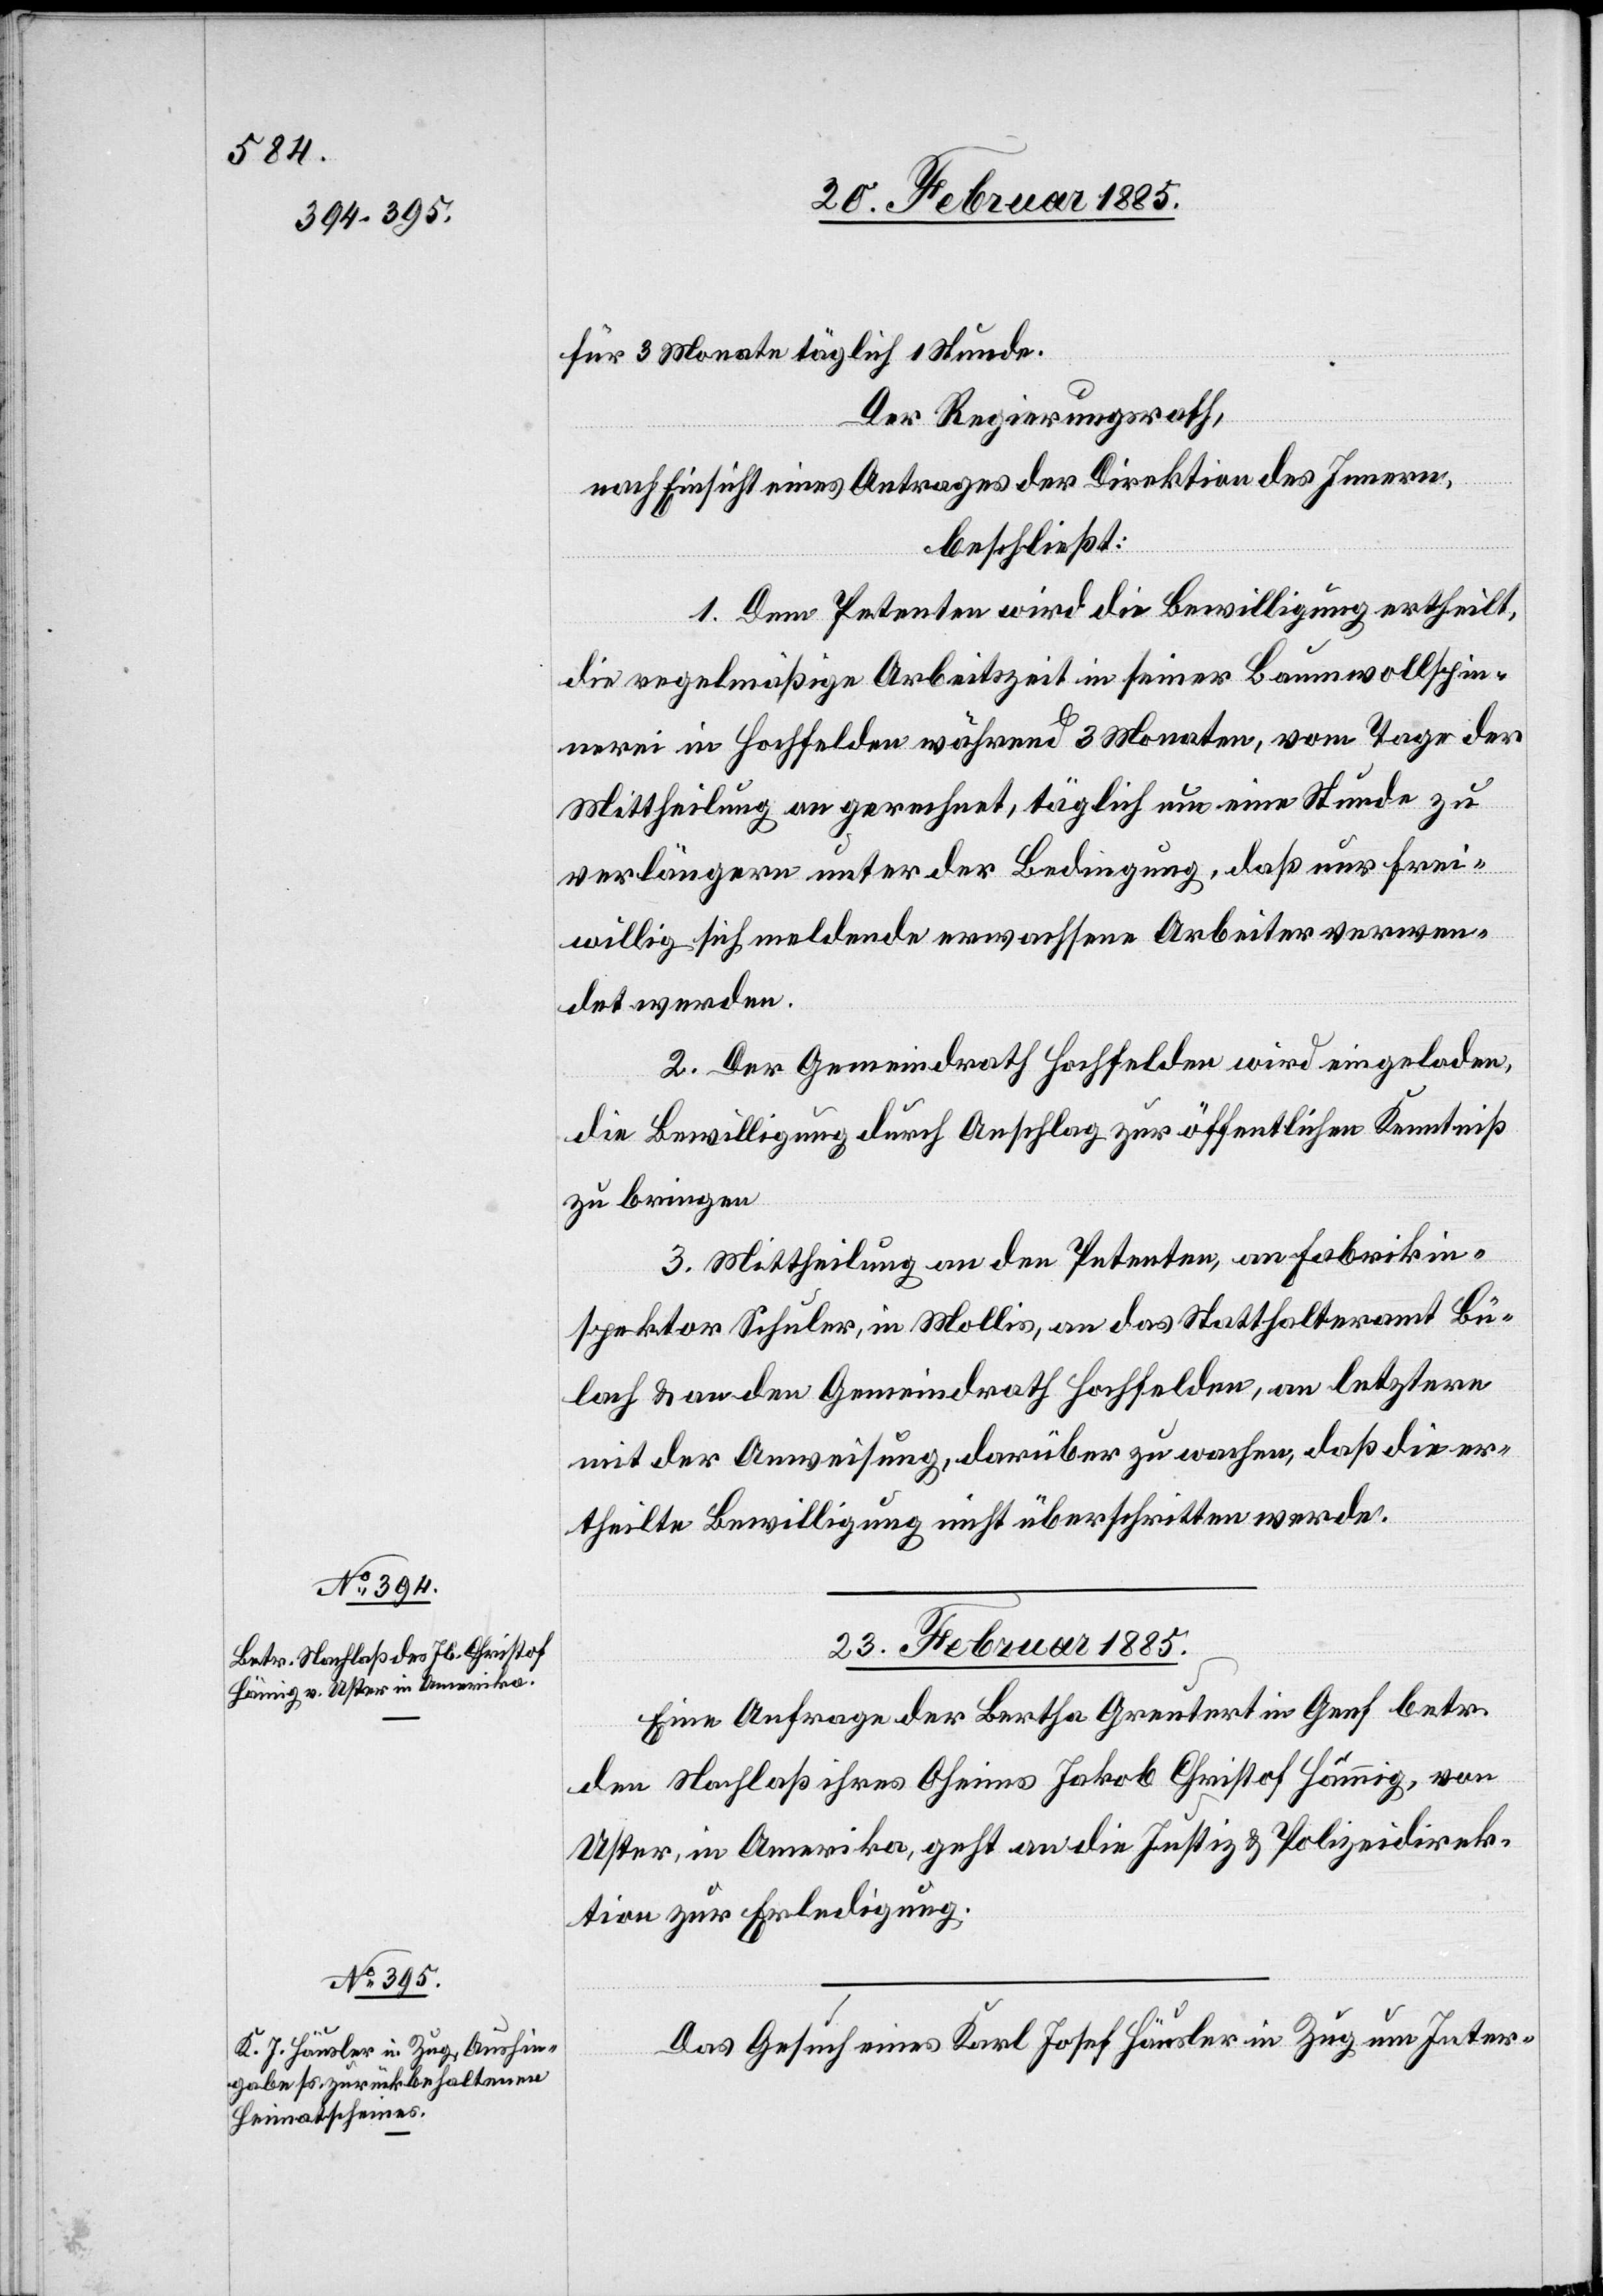
für 3 Monate täglich 1 Stunde.
Der Regierungsrath,
nach Einsicht eines Antrages der Direktion des Innern,
beschließt:
1. Dem Petenten wird die Bewilligung ertheilt,
die regelmäßige Arbeitszeit in seiner Baumwollspin¬
nerei in Hochfelden während 3 Monaten, vom Tage der
Mittheilung an gerechnet, täglich um eine Stunde zu
verlängern unter der Bedingung, daß nur frei¬
willig sich meldende erwachsene Arbeiter verwen¬
det werden.
2. Der Gemeindrath Hochfelden wird eingeladen,
die Bewilligung durch Anschlag zur öffentlichen Kenntniß
zu bringen.
3. Mittheilung an den Petenten, an Fabrikin¬
spektor Schuler, in Mollis, an das Statthalteramt Bü¬
lach & an den Gemeindrath Hochfelden, an letztern
mit der Anweisung, darüber zu wachen, daß die er¬
theilte Bewilligung nicht überschritten werde.
23. Februar 1885.]
Eine Anfrage der Bertha Greutert in Genf betr.
den Nachlaß ihres Oheims Jakob Christof Hämig, von
Uster, in Amerika, geht an die Justiz- & Polizeidirek¬
tion zur Erledigung.
Das Gesuch eines Karl Josef Häusler in Zug um Inter-